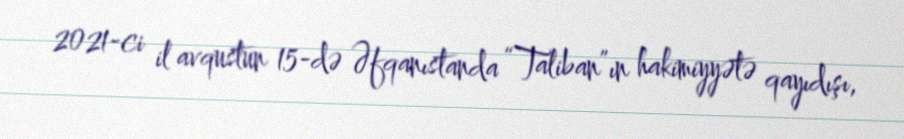
2021-ci il avqustun 15-də Əfqanıstanda “Taliban”ın hakimiyyətə qayıdışı,